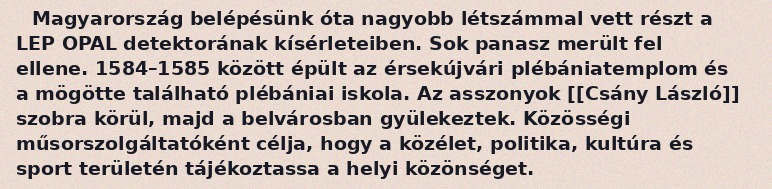
Magyarország belépésünk óta nagyobb létszámmal vett részt a LEP OPAL detektorának kísérleteiben. Sok panasz merült fel ellene. 1584–1585 között épült az érsekújvári plébániatemplom és a mögötte található plébániai iskola. Az asszonyok [[Csány László]] szobra körül, majd a belvárosban gyülekeztek. Közösségi műsorszolgáltatóként célja, hogy a közélet, politika, kultúra és sport területén tájékoztassa a helyi közönséget.